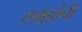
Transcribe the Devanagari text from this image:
समुद्रांनी